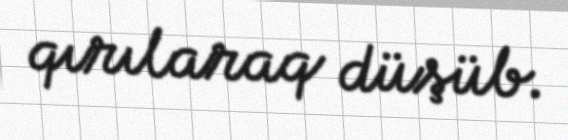
qırılaraq düşüb.